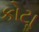
કોટાૢ